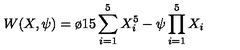
W ( X , \psi ) = \o { 1 } { 5 } \sum _ { i = 1 } ^ { 5 } X _ { i } ^ { 5 } - \psi \prod _ { i = 1 } ^ { 5 } X _ { i }